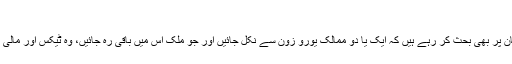
يورپی مرکزی بينک کے صدر تريشے
پيرس، برلن اور برسلز کے سينئرپاليسی ساز اس امکان پر بھی بحث کر رہے ہيں کہ ايک يا دو ممالک يورو زون سے نکل جائيں اور جو ملک اس ميں باقی رہ جائيں، وہ ٹيکس اور مالی پاليسی سميت آپس ميں زيادہ قريبی طور پر متحد ہوں۔